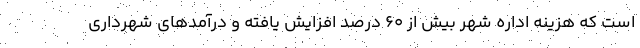
است که هزینه اداره شهر بیش از ۶۰ درصد افزایش یافته و درآمدهای شهرداری